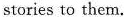
stories to them.